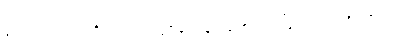
ကေသဝအမည်ရှိသော။ အဂ္ဂဇန၊ နောင်တော်မင်းမြတ်။ ပထဝိဿိတာ၊